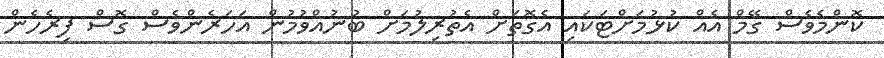
ކޮންމެވެސް ގޭމް އެއް ކުޅުމަށްޓަކައި އެގޮތަށް އެތުރިލުމަށް ބުނުއްވުމުން އަހަރެންވެސް ގޮސް ފިރެހެން